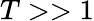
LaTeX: T>>1